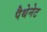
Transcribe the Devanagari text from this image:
पैथेनेट